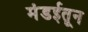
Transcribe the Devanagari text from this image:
मंडईतून